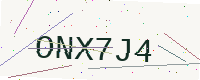
Text: ONX7J4